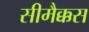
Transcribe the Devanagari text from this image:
सीमैक्कस